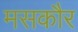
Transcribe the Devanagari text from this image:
मसकौर